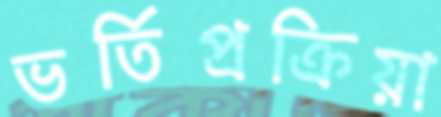
ভর্তিপ্রক্রিয়া